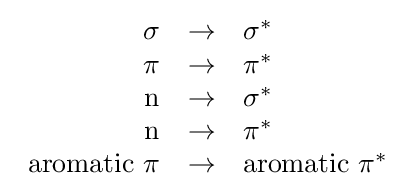
{\begin{array}{rcl}\sigma &\rightarrow &\sigma ^{*}\\\pi &\rightarrow &\pi ^{*}\\\mathrm {n} &\rightarrow &\sigma ^{*}\\\mathrm {n} &\rightarrow &\pi ^{*}\\{\text{aromatic }}\pi &\rightarrow &{\text{aromatic }}\pi ^{*}\end{array}}